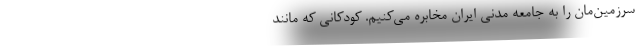
سرزمین‌مان را به جامعه مدنی ایران مخابره می‌کنیم. کودکانی که مانند